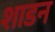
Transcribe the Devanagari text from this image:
शाडन